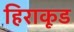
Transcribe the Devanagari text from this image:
हिराकूड